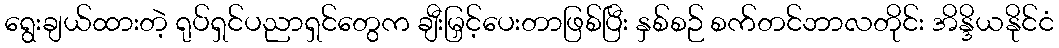
ရွေးချယ်ထားတဲ့ ရုပ်ရှင်ပညာရှင်တွေက ချီးမြှင့်ပေးတာဖြစ်ပြီး နှစ်စဉ် စက်တင်ဘာလတိုင်း အိန္ဒိယနိုင်ငံ